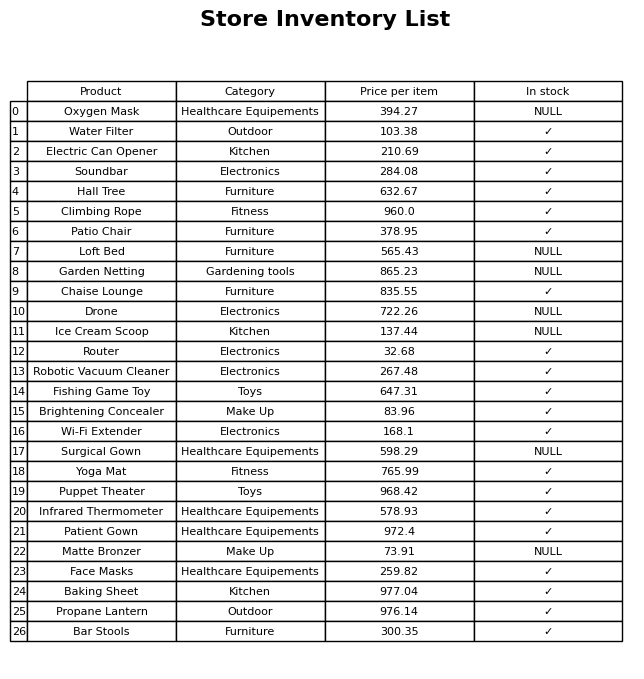
question: What is the price of the Electric Can Opener?
answer: The price of Electric Can Opener is 210.69.